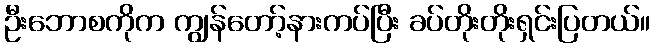
ဦးဘောစကိုက ကျွန်တော့်နားကပ်ပြီး ခပ်တိုးတိုးရှင်းပြတယ်။